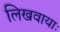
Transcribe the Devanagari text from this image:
लिखवायाः